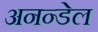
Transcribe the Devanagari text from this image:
अनन्डेल